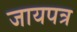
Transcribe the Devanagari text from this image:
जायपत्र